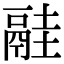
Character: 𩰳